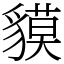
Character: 貘